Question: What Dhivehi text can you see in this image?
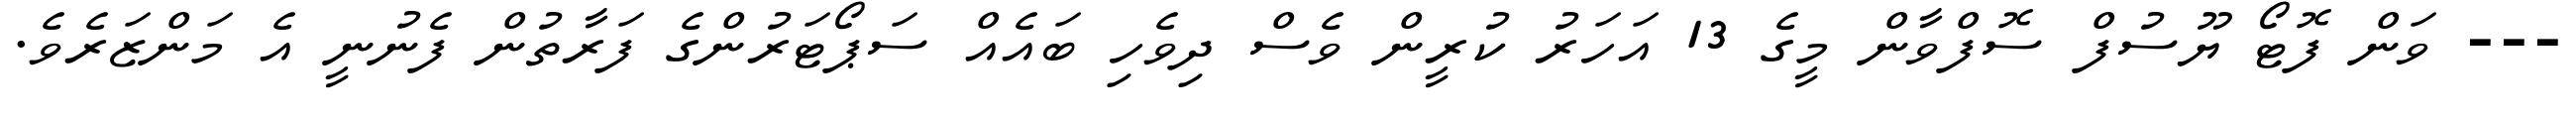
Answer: --- ވަން ފޮޓޯ ޔޫސުފް ސޮފްވާން މީގެ 13 އަހަރު ކުރީން ވެސް ދިވެހި ބައެއް ސަޕޯޓަރުންގެ ފަރާތުން ފެނުނީ އެ މަންޒަރެވެ.